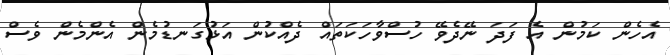
އެހެން ކަމުން އެ ފަދަ ނޭދެވޭ ހުސްވާހަކަތައް ދެއްކުން އަޅުގަނޑުމެން އެންމެން ވެސް